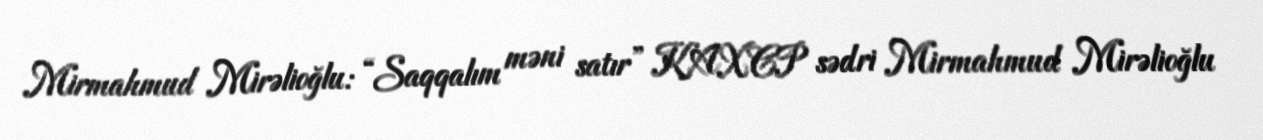
Mirmahmud Mirəlioğlu: “Saqqalım məni satır” KAXCP sədri Mirmahmud Mirəlioğlu